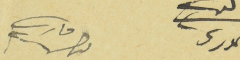
لبيب الخوري 	فارس